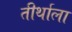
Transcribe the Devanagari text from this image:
तीर्थाला